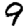
Digit: 9